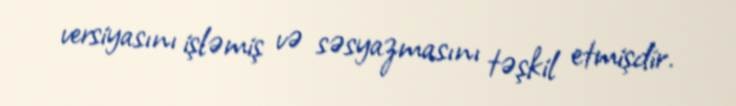
versiyasını işləmiş və səsyazmasını təşkil etmişdir.